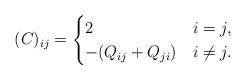
LaTeX: \begin{align*} (C)_{ij}= \begin{cases} 2 & i=j, \\ -(Q_{ij}+Q_{ji}) & i\neq j. \end{cases} \end{align*}